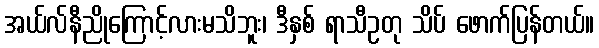
အယ်လ်နီညိုကြောင့်လားမသိဘူး၊ ဒီနှစ် ရာသီဥတု သိပ် ဖောက်ပြန်တယ်။